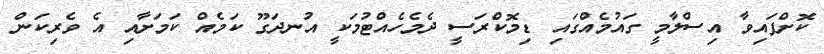
ކޮށްފައިވާ އިސްލާމީ ގައުމެއްގައި ޑިމޮކްރަސީ ދެމެހެއްޓުމަކީ އުނދަގޫ ކަމެއް ކަމަށާއި އެ ވެރިކަން